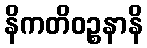
နိကတိဝဉ္စနာနိ